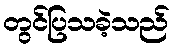
တွင်ပြသခဲ့သည်